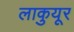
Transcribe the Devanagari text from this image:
लाकुयूर